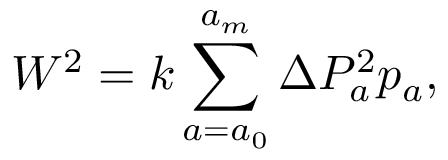
W ^ { 2 } = k \sum _ { a = a _ { 0 } } ^ { a _ { m } } \Delta P _ { a } ^ { 2 } p _ { a } ,